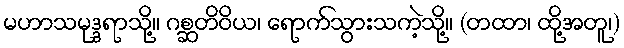
မဟာသမုဒ္ဒရာသို့။ ဂစ္ဆတိဝိယ၊ ရောက်သွားသကဲ့သို့။ (တထာ၊ ထို့အတူ၊)